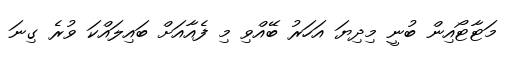
މަޓާޓޯއިން ބުނީ މިދިޔަ އަހަރު ބޭއްވި މި ފެއާއަށް ބައިލައްކަ ވުރެ ގިނަ